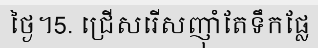
ថ្ងៃ។5. ជ្រើសរើសញុាំតែទឹកផ្លែ